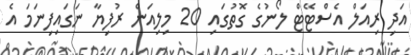
އަދި ރިއަލް އެސްޓޭޓް ލޯނުގެ ގޮތުގައި 20 މިލިއަން ރުފިޔާ ނަގައިފިނަމަ އެ